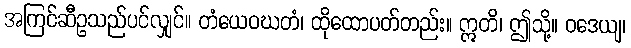
အကြင်ဆီဥသည်ပင်လျှင်။ တံယေဝဃတံ၊ ထိုထောပတ်တည်း။ ဣတိ၊ ဤသို့။ ဝဒေယျ၊